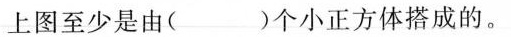
上图至少是由()个小正方体搭成的。